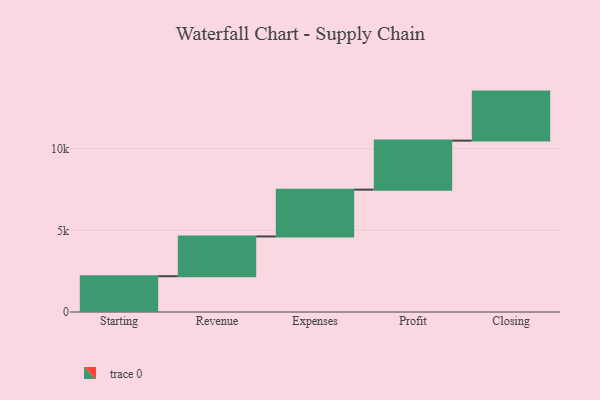
{"axis": {"x": "Step", "y": "Value"}, "legend": [""], "data": [{"x": "Starting", "y": 2189.0, "type": ""}, {"x": "Revenue", "y": 2434.0, "type": ""}, {"x": "Expenses", "y": 2865.0, "type": ""}, {"x": "Profit", "y": 3000, "type": ""}, {"x": "Closing", "y": 3000, "type": ""}]}